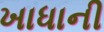
ખાધાની